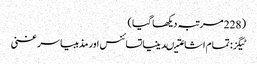
(228 مرتبہ دیکھا گیا)
ٹیگز: تمام اشاعتیںدینیاتسائنس اور مذہبیاسر غنی